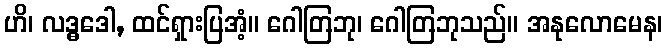
ဟိ၊ လဒ္ဓဒေါ, ထင်ရှားပြအံ့။ ဂေါတြဘု၊ ဂေါတြဘုသည်။ အနုလောမေန၊